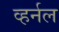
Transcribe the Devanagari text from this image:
व्हर्नल